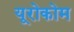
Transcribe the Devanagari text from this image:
यूरोकोम